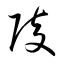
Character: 陵